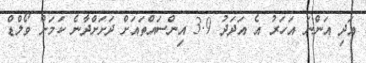
އަދި އަންނަ އަހަރު އެ އަދަދު 3.9 އިންސައްތައަށް ދަށަށްދާނެ ކަމަށް ވޯލްޑް